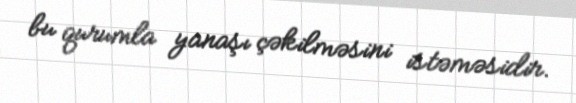
bu qurumla yanaşı çəkilməsini istəməsidir.